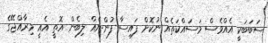
ސަބަބަކީ އެއްވެސް މަސައްކަތެއް ނުކޮށް ފައިސާ ފުންނެއް ލިބެން އޮތީ އެއީ މިރާއްޖޭގެ